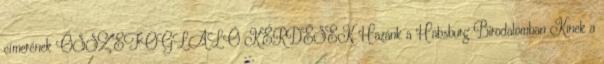
címerének ÖSSZEFOGLALÓ KÉRDÉSEK Hazánk a Habsburg Birodalomban Kinek a